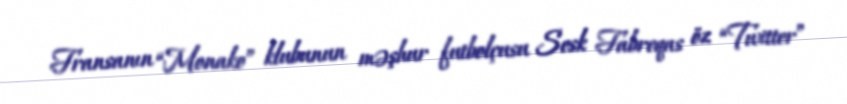
Fransanın “Monako” klubunun məşhur futbolçusu Sesk Fabreqas öz “Twitter”